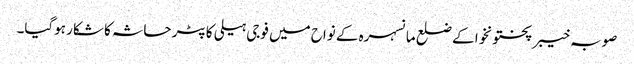
صوبہ خیبر پختونخوا کے ضلع مانسہرہ کے نواح میں فوجی ہیلی کاپٹر حاثہ کا شکار ہوگیا۔